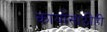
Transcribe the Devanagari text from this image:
कार्यासाठीही